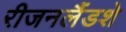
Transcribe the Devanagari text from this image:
रीजनलैंडशे